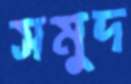
সমুদ